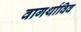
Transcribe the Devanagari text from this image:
वागर्थाविव